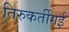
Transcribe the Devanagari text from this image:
तिरुकर्तीगई